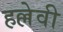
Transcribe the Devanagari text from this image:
हल्लेवी